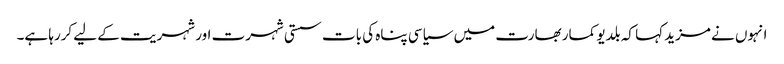
انہوں نے مزید کہا کہ بلدیو کمار بھارت میں سیاسی پناہ کی بات سستی شہرت اور شہریت کے لیے کررہا ہے۔